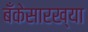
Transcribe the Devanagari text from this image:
बँकेसारख्या